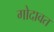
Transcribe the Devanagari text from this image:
गोदावत